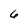
Character: 6